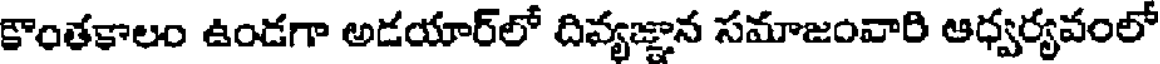
కాంతకాలం ఉండగా అడయార్లో దివ్యజ్ఞాన సమాజంవారి ఆధ్వర్యవంలో